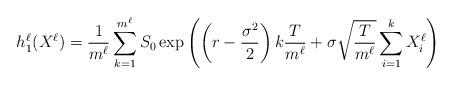
LaTeX: \begin{align*}h_1^\ell(X^\ell)=\frac{1}{m^\ell}\sum_{k=1}^{m^\ell}S_0\exp\left(\left(r-\frac{\sigma^2}{2}\right)k\frac{T}{m^\ell}+\sigma\sqrt{\frac{T}{m^\ell}}\sum_{i=1}^{k}X_i^\ell\right)\end{align*}